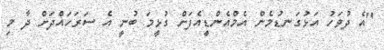
"އެ ދުވަހު އަޅުގަނޑުމެން އެމްއެންޑީއެފަށް ގުޅީމަ ބުނީ އެ ސަރަހައްދަށް ދާ މި